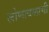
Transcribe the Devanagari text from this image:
लोणावळाची